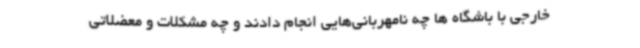
خارجی با باشگاه ها چه نامهربانی‌هایی انجام دادند و چه مشکلات و معضلاتی